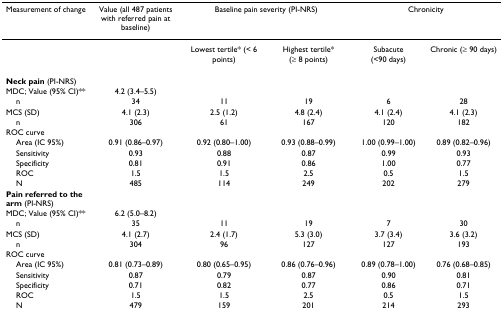
| Measurement of change | Value (all 487 patients with referred pain at baseline) | <COLSPAN=2> Baseline pain severity (PI-NRS) | <COLSPAN=2> Chronicity |
 | --- | --- | --- | --- | --- | --- |
 |  |  | Lowest tertile* (< 6 points) | Highest tertile* (≥ 8 points) | Subacute (<90 days) | Chronic (≥ 90 days) |
 | Neck pain (PI-NRS) |  |  |  |  |  |
 | MDC; Value (95% CI)** | 4.2 (3.4–5.5) |  |  |  |  |
 | n | 34 | 11 | 19 | 6 | 28 |
 | MCS (SD) | 4.1 (2.3) | 2.5 (1.2) | 4.8 (2.4) | 4.1 (2.4) | 4.1 (2.3) |
 | n | 306 | 61 | 167 | 120 | 182 |
 | ROC curve |  |  |  |  |  |
 | Area (IC 95%) | 0.91 (0.86–0.97) | 0.92 (0.80–1.00) | 0.93 (0.88–0.99) | 1.00 (0.99–1.00) | 0.89 (0.82–0.96) |
 | Sensitivity | 0.93 | 0.88 | 0.87 | 0.99 | 0.93 |
 | Specificity | 0.81 | 0.91 | 0.86 | 1.00 | 0.77 |
 | ROC | 1.5 | 1.5 | 2.5 | 0.5 | 1.5 |
 | N | 485 | 114 | 249 | 202 | 279 |
 | Pain referred to the arm (PI-NRS) |  |  |  |  |  |
 | MDC; Value (95% CI)** | 6.2 (5.0–8.2) |  |  |  |  |
 | n | 35 | 11 | 19 | 7 | 30 |
 | MCS (SD) | 4.1 (2.7) | 2.4 (1.7) | 5.3 (3.0) | 3.7 (3.4) | 3.6 (3.2) |
 | n | 304 | 96 | 127 | 127 | 193 |
 | ROC curve |  |  |  |  |  |
 | Area (IC 95%) | 0.81 (0.73–0.89) | 0.80 (0.65–0.95) | 0.86 (0.76–0.96) | 0.89 (0.78–1.00) | 0.76 (0.68–0.85) |
 | Sensitivity | 0.87 | 0.79 | 0.87 | 0.90 | 0.81 |
 | Specificity | 0.71 | 0.82 | 0.77 | 0.86 | 0.71 |
 | ROC | 1.5 | 1.5 | 2.5 | 0.5 | 1.5 |
 | N | 479 | 159 | 201 | 214 | 293 |